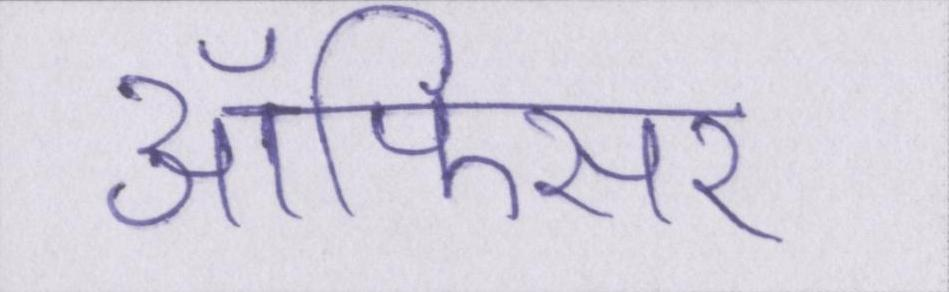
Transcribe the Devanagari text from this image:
ऑफिसर